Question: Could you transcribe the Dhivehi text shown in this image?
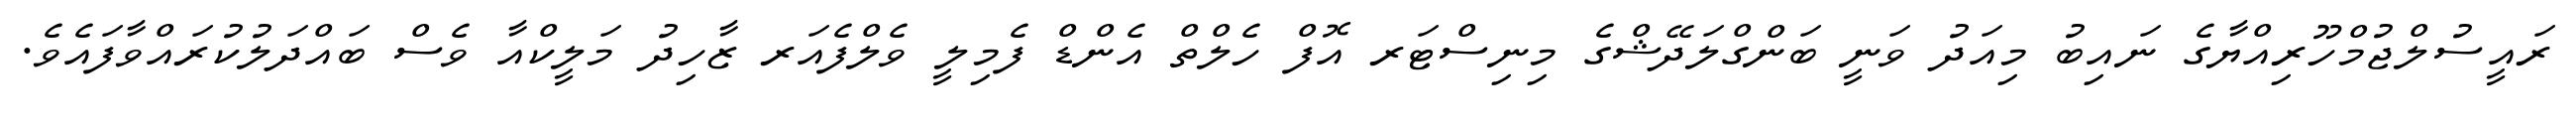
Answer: ރައީސުލްޖުމްހޫރިއްޔާގެ ނައިބު މިއަދު ވަނީ ބަންގްލަދޭޝްގެ މިނިސްޓަރ އޮފް ހެލްތް އެންޑް ފެމިލީ ވެލްފެއަރ ޒާހިދު މަލީކްއާ ވެސް ބައްދަލުކުރައްވާފައެވެ.